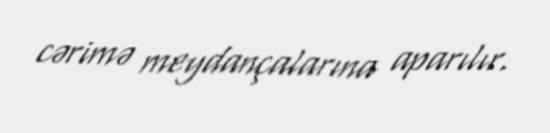
cərimə meydançalarına aparılır.